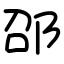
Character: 卲